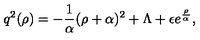
q ^ { 2 } ( \rho ) = - { \frac { 1 } { \alpha } } ( \rho + \alpha ) ^ { 2 } + \Lambda + \epsilon e ^ { \frac { \rho } { \alpha ^ { } } } ,